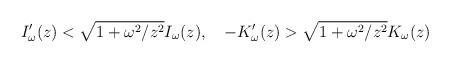
LaTeX: \begin{align*} I'_{\omega }(z)<\sqrt{1+\omega ^{2}/z^2}I_{\omega }(z), \quad -K'_{\omega }(z)>\sqrt{1+\omega ^{2}/z^2}K_{\omega }(z)\end{align*}